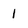
Character: l